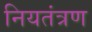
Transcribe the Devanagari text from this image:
नियतंत्रण